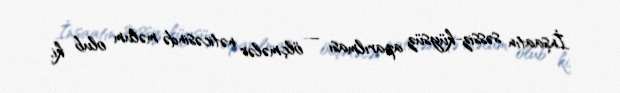
İnşaatın səssiz-küysüz aparılması – ölçmələr nəticəsində məlum olub ki,